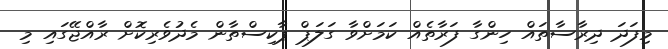
މިފަދަ ދިރާސާތައް ހިންގާ ފަރާތެއް ކަމަށްވާ ގަލަޕް ޕާކިސްތާން މެދުވެރިކޮށް ރާއްޖޭގައި މި